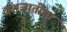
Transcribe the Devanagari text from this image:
वंशजातीचा